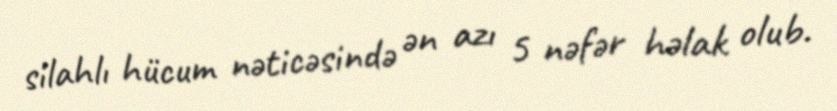
silahlı hücum nəticəsində ən azı 5 nəfər həlak olub.